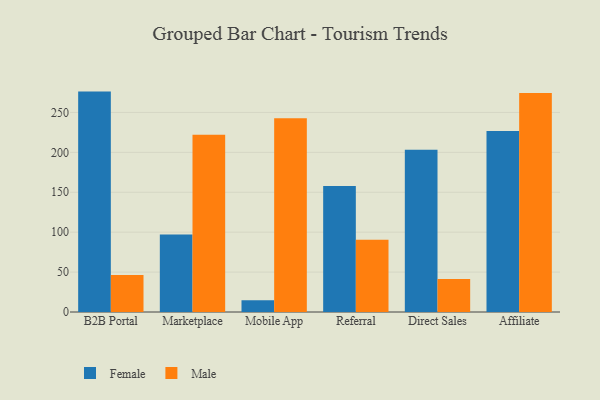
{"axis": {"x": "Channel", "y": "Shipments"}, "legend": ["Female", "Male"], "data": [{"x": "B2B Portal", "y": 276.1, "type": "Female"}, {"x": "B2B Portal", "y": 46.5, "type": "Male"}, {"x": "Marketplace", "y": 97.1, "type": "Female"}, {"x": "Marketplace", "y": 222.2, "type": "Male"}, {"x": "Mobile App", "y": 14.8, "type": "Female"}, {"x": "Mobile App", "y": 242.7, "type": "Male"}, {"x": "Referral", "y": 157.8, "type": "Female"}, {"x": "Referral", "y": 90.6, "type": "Male"}, {"x": "Direct Sales", "y": 203.2, "type": "Female"}, {"x": "Direct Sales", "y": 41.2, "type": "Male"}, {"x": "Affiliate", "y": 226.7, "type": "Female"}, {"x": "Affiliate", "y": 274.5, "type": "Male"}]}